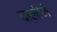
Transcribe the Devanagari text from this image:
दालीने